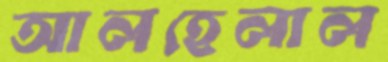
আলহেলাল